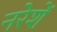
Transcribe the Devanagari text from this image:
नरेशें